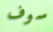
سوف